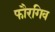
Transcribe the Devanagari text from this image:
फौरगिव